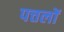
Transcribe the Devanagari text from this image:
पत्तलों